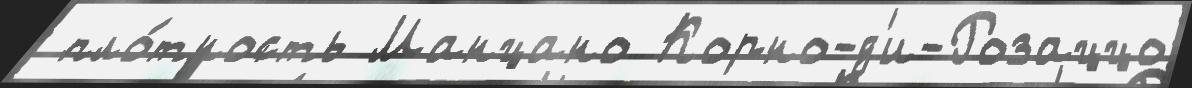
 пло́тность Манцано Корно-д'и-Розаццо